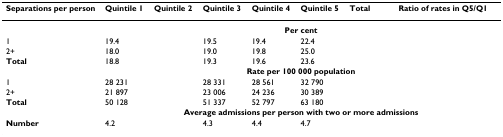
<table><thead><tr><td><b>Separations per person</b></td><td><b>Quintile 1</b></td><td><b>Quintile 2</b></td><td><b>Quintile 3</b></td><td><b>Quintile 4</b></td><td><b>Quintile 5</b></td><td><b>Total</b></td><td><b>Ratio of rates in Q5/Q1</b></td></tr></thead><tbody><tr><td>[EMPTY_CELL]</td><td colspan="7"><b>Per cent</b></td></tr><tr><td>1</td><td>19.4</td><td>[EMPTY_CELL]</td><td>19.5</td><td>19.4</td><td>22.4</td><td>[EMPTY_CELL]</td><td>[EMPTY_CELL]</td></tr><tr><td>2+</td><td>18.0</td><td>[EMPTY_CELL]</td><td>19.0</td><td>19.8</td><td>25.0</td><td>[EMPTY_CELL]</td><td>[EMPTY_CELL]</td></tr><tr><td><b>Total</b></td><td>18.8</td><td>[EMPTY_CELL]</td><td>19.3</td><td>19.6</td><td>23.6</td><td>[EMPTY_CELL]</td><td>[EMPTY_CELL]</td></tr><tr><td>[EMPTY_CELL]</td><td colspan="7"><b>Rate per 100 000 population</b></td></tr><tr><td>1</td><td>28 231</td><td>[EMPTY_CELL]</td><td>28 331</td><td>28 561</td><td>32 790</td><td>[EMPTY_CELL]</td><td>[EMPTY_CELL]</td></tr><tr><td>2+</td><td>21 897</td><td>[EMPTY_CELL]</td><td>23 006</td><td>24 236</td><td>30 389</td><td>[EMPTY_CELL]</td><td>[EMPTY_CELL]</td></tr><tr><td><b>Total</b></td><td>50 128</td><td>[EMPTY_CELL]</td><td>51 337</td><td>52 797</td><td>63 180</td><td>[EMPTY_CELL]</td><td>[EMPTY_CELL]</td></tr><tr><td>[EMPTY_CELL]</td><td colspan="7"><b>Average admissions per person with two or more admissions</b></td></tr><tr><td><b>Number</b></td><td>4.2</td><td>[EMPTY_CELL]</td><td>4.3</td><td>4.4</td><td>4.7</td><td>[EMPTY_CELL]</td><td>[EMPTY_CELL]</td></tr></tbody></table>